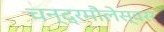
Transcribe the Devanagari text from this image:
चन्द्रमौलेस्वरर